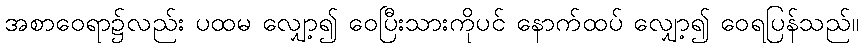
အစာဝေရာ၌လည်း ပထမ လျှော့၍ ဝေပြီးသားကိုပင် နောက်ထပ် လျှော့၍ ဝေရပြန်သည်။